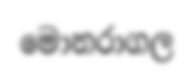
මොනරාගල